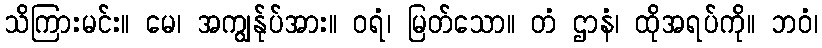
သိကြားမင်း။ မေ၊ အကျွန်ုပ်အား။ ဝရံ၊ မြတ်သော။ တံ ဌာနံ၊ ထိုအရပ်ကို။ ဘဝံ၊